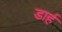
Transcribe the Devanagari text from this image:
डार्ह